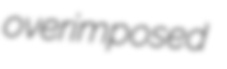
overimposed